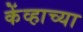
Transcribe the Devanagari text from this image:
केंव्हाच्या